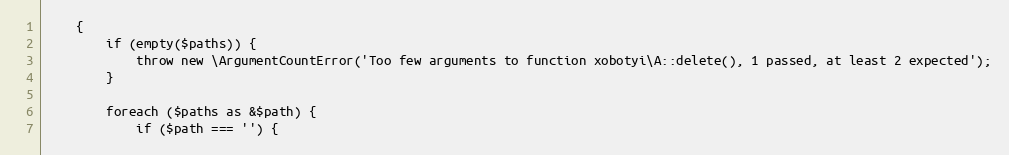
Language: PHP
    {
        if (empty($paths)) {
            throw new \ArgumentCountError('Too few arguments to function xobotyi\A::delete(), 1 passed, at least 2 expected');
        }

        foreach ($paths as &$path) {
            if ($path === '') {